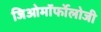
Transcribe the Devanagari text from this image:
जिओमॉर्फोलोजी